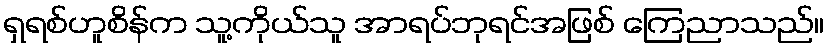
ရှရစ်ဟူစိန်က သူ့ကိုယ်သူ အာရပ်ဘုရင်အဖြစ် ကြေညာသည်။